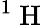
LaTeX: ^1\mathrm{~H~}